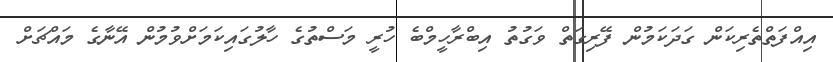
އިއްފަތްތެރިކަން ގަދަކަމުން ފޭރިގަތް ވަގުތު އިބްރާހީމްބެ ހުރީ މަސްތުގެ ހާލުގައިކަމަށްވުމުން އޭނާގެ މައްޗަށް